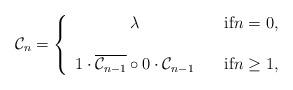
LaTeX: \begin{align*}\mathcal C_n=\left\{\begin{array}{cr}\lambda&\quad\mbox{if}n=0,\\\\1\cdot\overline{\mathcal C_{n-1}}\circ 0\cdot\mathcal C_{n-1}&\quad\mbox{if}n\geq 1,\end{array}\right.\end{align*}